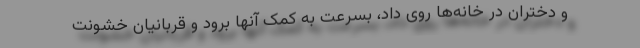
و دختران در خانه‌ها روی داد، بسرعت به کمک آنها برود و قربانیان خشونت